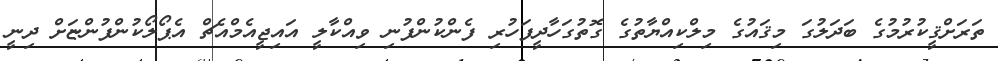
ތަރަށްޤީކުރުމުގެ ބަދަލުގަ މިޤައުގެ މިލްކިއްޔާތުގެ ގޮތުގަހާދީފަހުރި ފެންކުންފުނި ވިއްކާލީ އައިޖީއެމްއެޗް އެޕޯލޯކުންފުންޏަށް ދިނީ